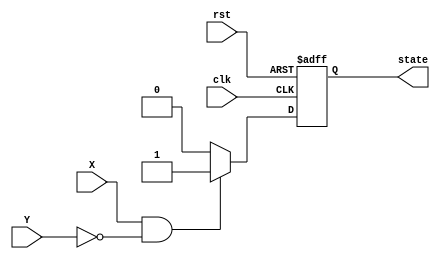
    module FSM (input clk, rst, X, Y, output reg state);

    localparam A = 1'b0;
    localparam B = 1'b1;
    
    reg next_state;
    
    //state-transition logic
    always @(posedge clk or posedge rst)
    begin
        if (rst)
        state <= A;
        else
        state <= next_state;
    end

    //Next State Logic
    always @(*) begin
        case (state)
        
        A : begin if (X && ~Y) begin 
            next_state = B;
        end
        else next_state = A; 
        end

        B : begin if (X && ~Y) begin 
            next_state = B;
        end
        else next_state = A; 
        end

        default : next_state = A;
        endcase
    end
    endmodule